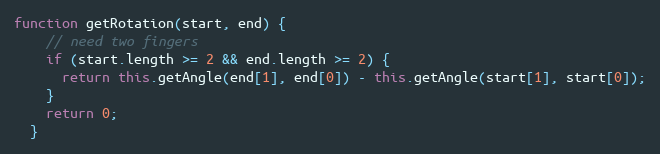
Language: JavaScript
function getRotation(start, end) {
    // need two fingers
    if (start.length >= 2 && end.length >= 2) {
      return this.getAngle(end[1], end[0]) - this.getAngle(start[1], start[0]);
    }
    return 0;
  }